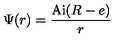
\Psi ( r ) = { \frac { \mathrm { A i } ( R - e ) } { r } }